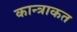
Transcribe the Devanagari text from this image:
कान्त्राकत